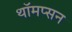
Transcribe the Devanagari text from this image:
थॉमप्सन